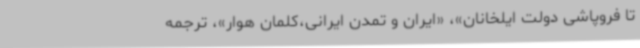
تا فروپاشی دولت ایلخانان»، «ایران و تمدن ایرانی،کلمان هوار»، ترجمه